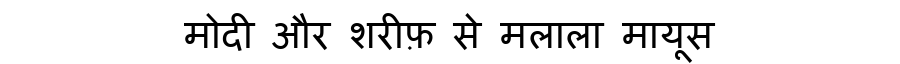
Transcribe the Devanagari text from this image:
मोदी और शरीफ़ से मलाला मायूस